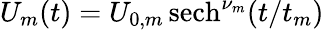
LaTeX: U_{m}(t)=U_{0,m}\, {\mathrm{sech}}^{\nu_{m}}(t/t_{m})